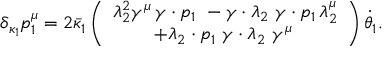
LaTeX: \delta _ { \kappa _ { 1 } } p _ { 1 } ^ { \mu } = 2 \bar { \kappa } _ { 1 } \left( \begin{array} { c } { { \lambda _ { 2 } ^ { 2 } \gamma ^ { \mu } \, \gamma \cdot p _ { 1 } \ - \gamma \cdot \lambda _ { 2 } \, \, \gamma \cdot p _ { 1 } \, \lambda _ { 2 } ^ { \mu } } } \\ { { + \lambda _ { 2 } \cdot p _ { 1 } \, \, \gamma \cdot \lambda _ { 2 } \, \, \gamma ^ { \mu } \, } } \end{array} \right) \dot { \theta } _ { 1 } .